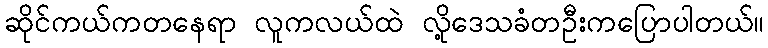
ဆိုင်ကယ်ကတနေရာ လူကလယ်ထဲ လို့ဒေသခံတဦးကပြောပါတယ်။